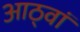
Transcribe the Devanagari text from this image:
आठ्वां